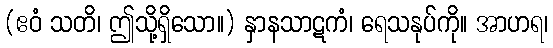
(ဧဝံ သတိ၊ ဤသို့ရှိသော။) နှာနသာဋကံ၊ ရေသနုပ်ကို။ အာဟရ၊